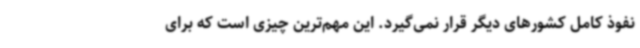
نفوذ کامل کشورهای دیگر قرار نمی‌گیرد. این مهم‌ترین چیزی است که برای